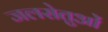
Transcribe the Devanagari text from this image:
जलसेतुओं